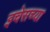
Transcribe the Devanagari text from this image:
इचेसच्या